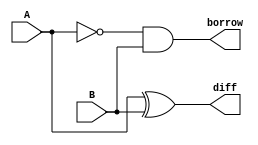
`timescale 1ns / 1ps
//////////////////////////////////////////////////////////////////////////////////
// Company: 
// Engineer: 
// 
// Design Name: 
// Module Name:    HalfsubtractorS 
// Project Name: 
// Target Devices: 
// Tool versions: 
// Description: 
//
// Dependencies: 
//
// Revision: 
// Revision 0.01 - File Created
// Additional Comments: 
//
//////////////////////////////////////////////////////////////////////////////////
module HalfsubtractorS(diff,borrow,A,B
    );
input A,B;
output diff,borrow;
xor g1(diff,A,B);
not g2(Abar,A);
and g3(borrow,Abar,B);

endmodule